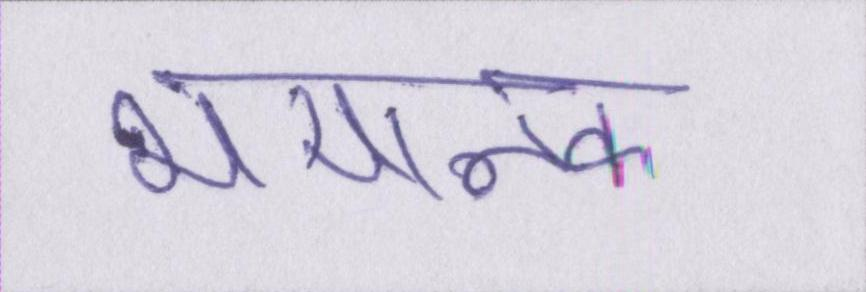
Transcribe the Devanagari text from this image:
भयानक